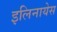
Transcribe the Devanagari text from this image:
इलिनायेस